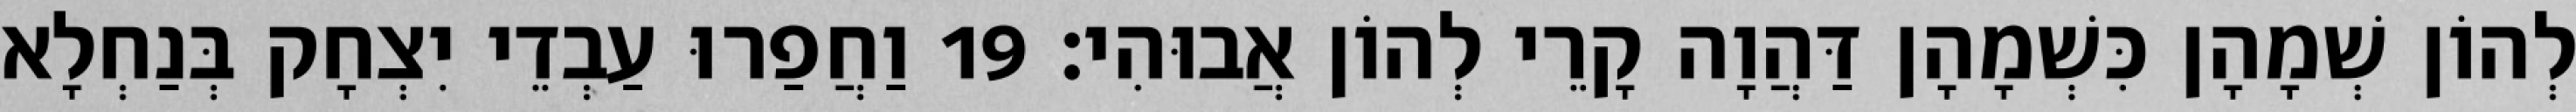
לְהוֹן שְׁמָהָן כִּשְׁמָהָן דַּהֲוָה קָרֵי לְהוֹן אֲבוּהִי׃ 19 וַחֲפַרוּ עַבְדֵי יִצְחָק בְּנַחְלָא